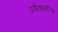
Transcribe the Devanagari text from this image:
वर्णनाकरिता